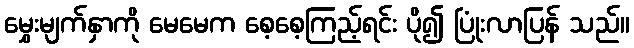
မွှေးမျက်နှာကို မေမေက စေ့စေ့ကြည့်ရင်း ပို၍ ပြုံးလာပြန် သည်။